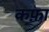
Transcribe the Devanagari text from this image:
कफ़ा